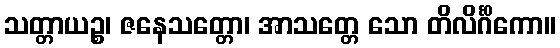
သတ္တာယဉ္စ၊ ဇနေသတ္တော၊ အာသတ္တေ သော တိလိင်္ဂိကော။